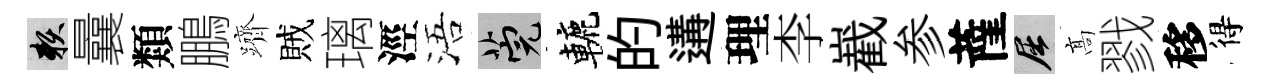
賴曩類鵬躋賊璃涇浯筦轆的遘理李嶻参薩屈髙戮移得